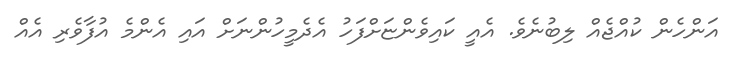
އަންހެން ކުއްޖެއް ލިބުނެވެ. އެއީ ކައިވެންޏަށްފަހު އެދެމީހުންނަށް އައި އެންމެ އުފާވެރި އެއް